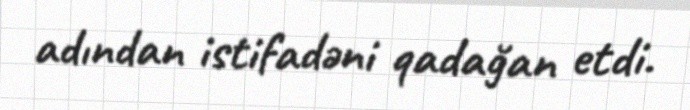
adından istifadəni qadağan etdi.